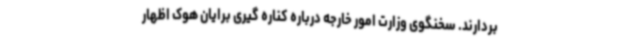
بردارند. سخنگوی وزارت امور خارجه درباره کناره گیری برایان هوک اظهار